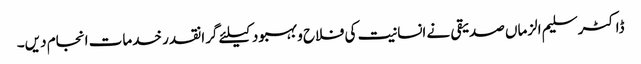
ڈاکٹر سلیم الزماں صدیقی نے انسانیت کی فلاح و بہبود کیلئے گرانقدر خدمات انجام دیں۔